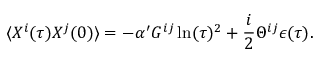
\langle X ^ { i } ( \tau ) X ^ { j } ( 0 ) \rangle = - \alpha ^ { \prime } G ^ { i j } \ln ( \tau ) ^ { 2 } + \frac { i } { 2 } \Theta ^ { i j } \epsilon ( \tau ) .